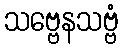
သဗ္ဗေနသဗ္ဗံ